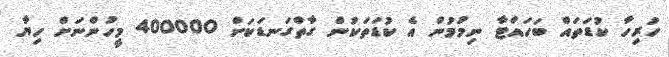
ހުރިހާ ކުޑަތައް ބަހައްޓާ ނިމުމުން އެ ކުޑަތަކުން ގާތްގަނޑަކަށް 400000 މީހުންނަށް ހިޔާ